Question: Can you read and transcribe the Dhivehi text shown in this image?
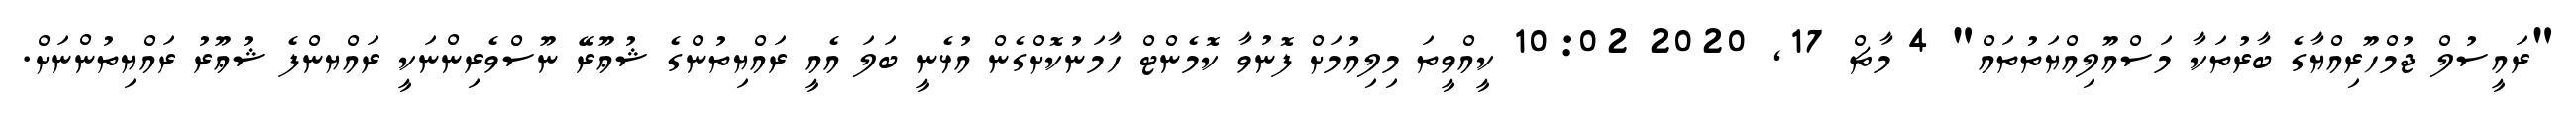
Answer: "ރައީސުލް ޖުމްހޫރިއްޔާގެ ބާރުތަކާ މަސްއޫލިއްޔަތުތައް" 4 މާޗް 17, 2020 10:02 ކީއްވީތަ މިލިއުމަށް ފޮނުވާ ކޮމެންޓް ހާމަނުކޮށްގެން އުޅެނީ ބަލަ އެއީ ރައްޔިތުންގެ ޝުޢޫރޭ ނޫސްވެރިންނަކީ ރައްޔންފެ ޝުޢޫރު ރައްޔިތުންނަށް.